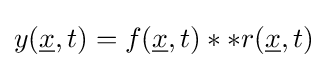
y({\underline {x}},t)=f({\underline {x}},t)**r({\underline {x}},t)